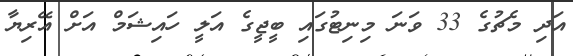
އަދި މެޗުގެ 33 ވަނަ މިނިޓުގައި ބީޖީގެ އަލީ ހައިޝަމް އަށް އޭރިޔާ